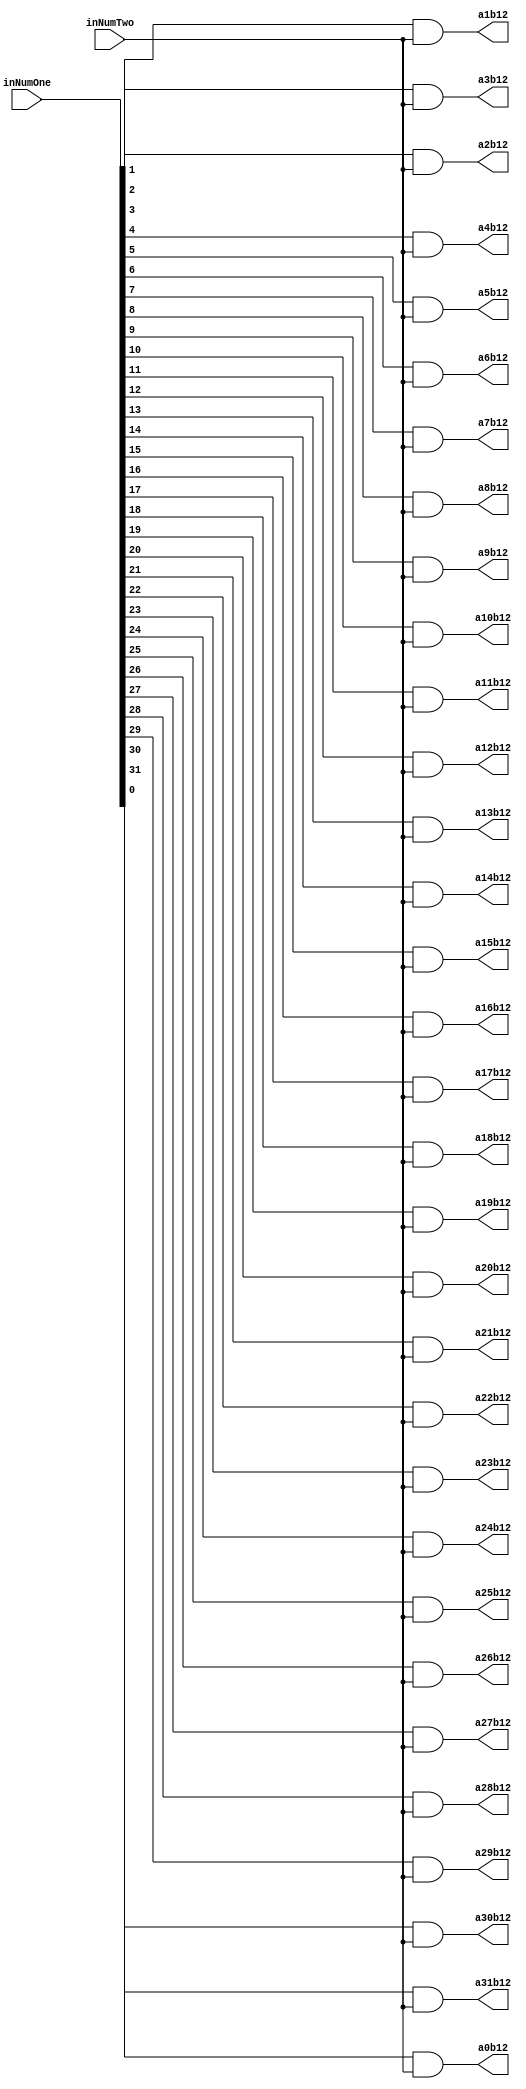
`timescale 1ns / 1ps

module PartialProductRow12(inNumOne,inNumTwo,a0b12,a1b12,a2b12,a3b12,a4b12,a5b12,a6b12,a7b12,a8b12,a9b12,a10b12,a11b12,a12b12,a13b12,a14b12,a15b12,a16b12,a17b12,a18b12,a19b12,a20b12,a21b12,a22b12,a23b12,a24b12,a25b12,a26b12,a27b12,a28b12,a29b12,a30b12,a31b12);
input [31:0] inNumOne;
input inNumTwo;
output reg a0b12,a1b12,a2b12,a3b12,a4b12,a5b12,a6b12,a7b12,a8b12,a9b12,a10b12,a11b12,a12b12,a13b12,a14b12,a15b12,a16b12,a17b12,a18b12,a19b12,a20b12,a21b12,a22b12,a23b12,a24b12,a25b12,a26b12,a27b12,a28b12,a29b12,a30b12,a31b12;

always@(inNumOne,inNumTwo)begin
	a0b12 <= inNumOne[0] & inNumTwo;
	a1b12 <= inNumOne[1] & inNumTwo;
	a2b12 <= inNumOne[2] & inNumTwo;
	a3b12 <= inNumOne[3] & inNumTwo;
	a4b12 <= inNumOne[4] & inNumTwo;
	a5b12 <= inNumOne[5] & inNumTwo;
	a6b12 <= inNumOne[6] & inNumTwo;
	a7b12 <= inNumOne[7] & inNumTwo;
	a8b12 <= inNumOne[8] & inNumTwo;
	a9b12 <= inNumOne[9] & inNumTwo;
	a10b12 <= inNumOne[10] & inNumTwo;
	a11b12 <= inNumOne[11] & inNumTwo;
	a12b12 <= inNumOne[12] & inNumTwo;
	a13b12 <= inNumOne[13] & inNumTwo;
	a14b12 <= inNumOne[14] & inNumTwo;
	a15b12 <= inNumOne[15] & inNumTwo;
	a16b12 <= inNumOne[16] & inNumTwo;
	a17b12 <= inNumOne[17] & inNumTwo;
	a18b12 <= inNumOne[18] & inNumTwo;
	a19b12 <= inNumOne[19] & inNumTwo;
	a20b12 <= inNumOne[20] & inNumTwo;
	a21b12 <= inNumOne[21] & inNumTwo;
	a22b12 <= inNumOne[22] & inNumTwo;
	a23b12 <= inNumOne[23] & inNumTwo;
	a24b12 <= inNumOne[24] & inNumTwo;
	a25b12 <= inNumOne[25] & inNumTwo;
	a26b12 <= inNumOne[26] & inNumTwo;
	a27b12 <= inNumOne[27] & inNumTwo;
	a28b12 <= inNumOne[28] & inNumTwo;
	a29b12 <= inNumOne[29] & inNumTwo;
	a30b12 <= inNumOne[30] & inNumTwo;
	a31b12 <= inNumOne[31] & inNumTwo;
end

endmodule